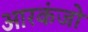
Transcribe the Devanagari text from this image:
आरकंजो